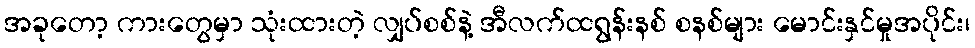
အခုတော့ ကားတွေမှာ သုံးထားတဲ့ လျှပ်စစ်နဲ့ အီလက်ထရွန်းနစ် စနစ်များ မောင်းနှင်မှုအပိုင်း၊